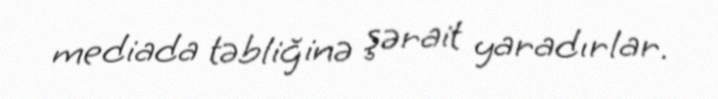
mediada təbliğinə şərait yaradırlar.